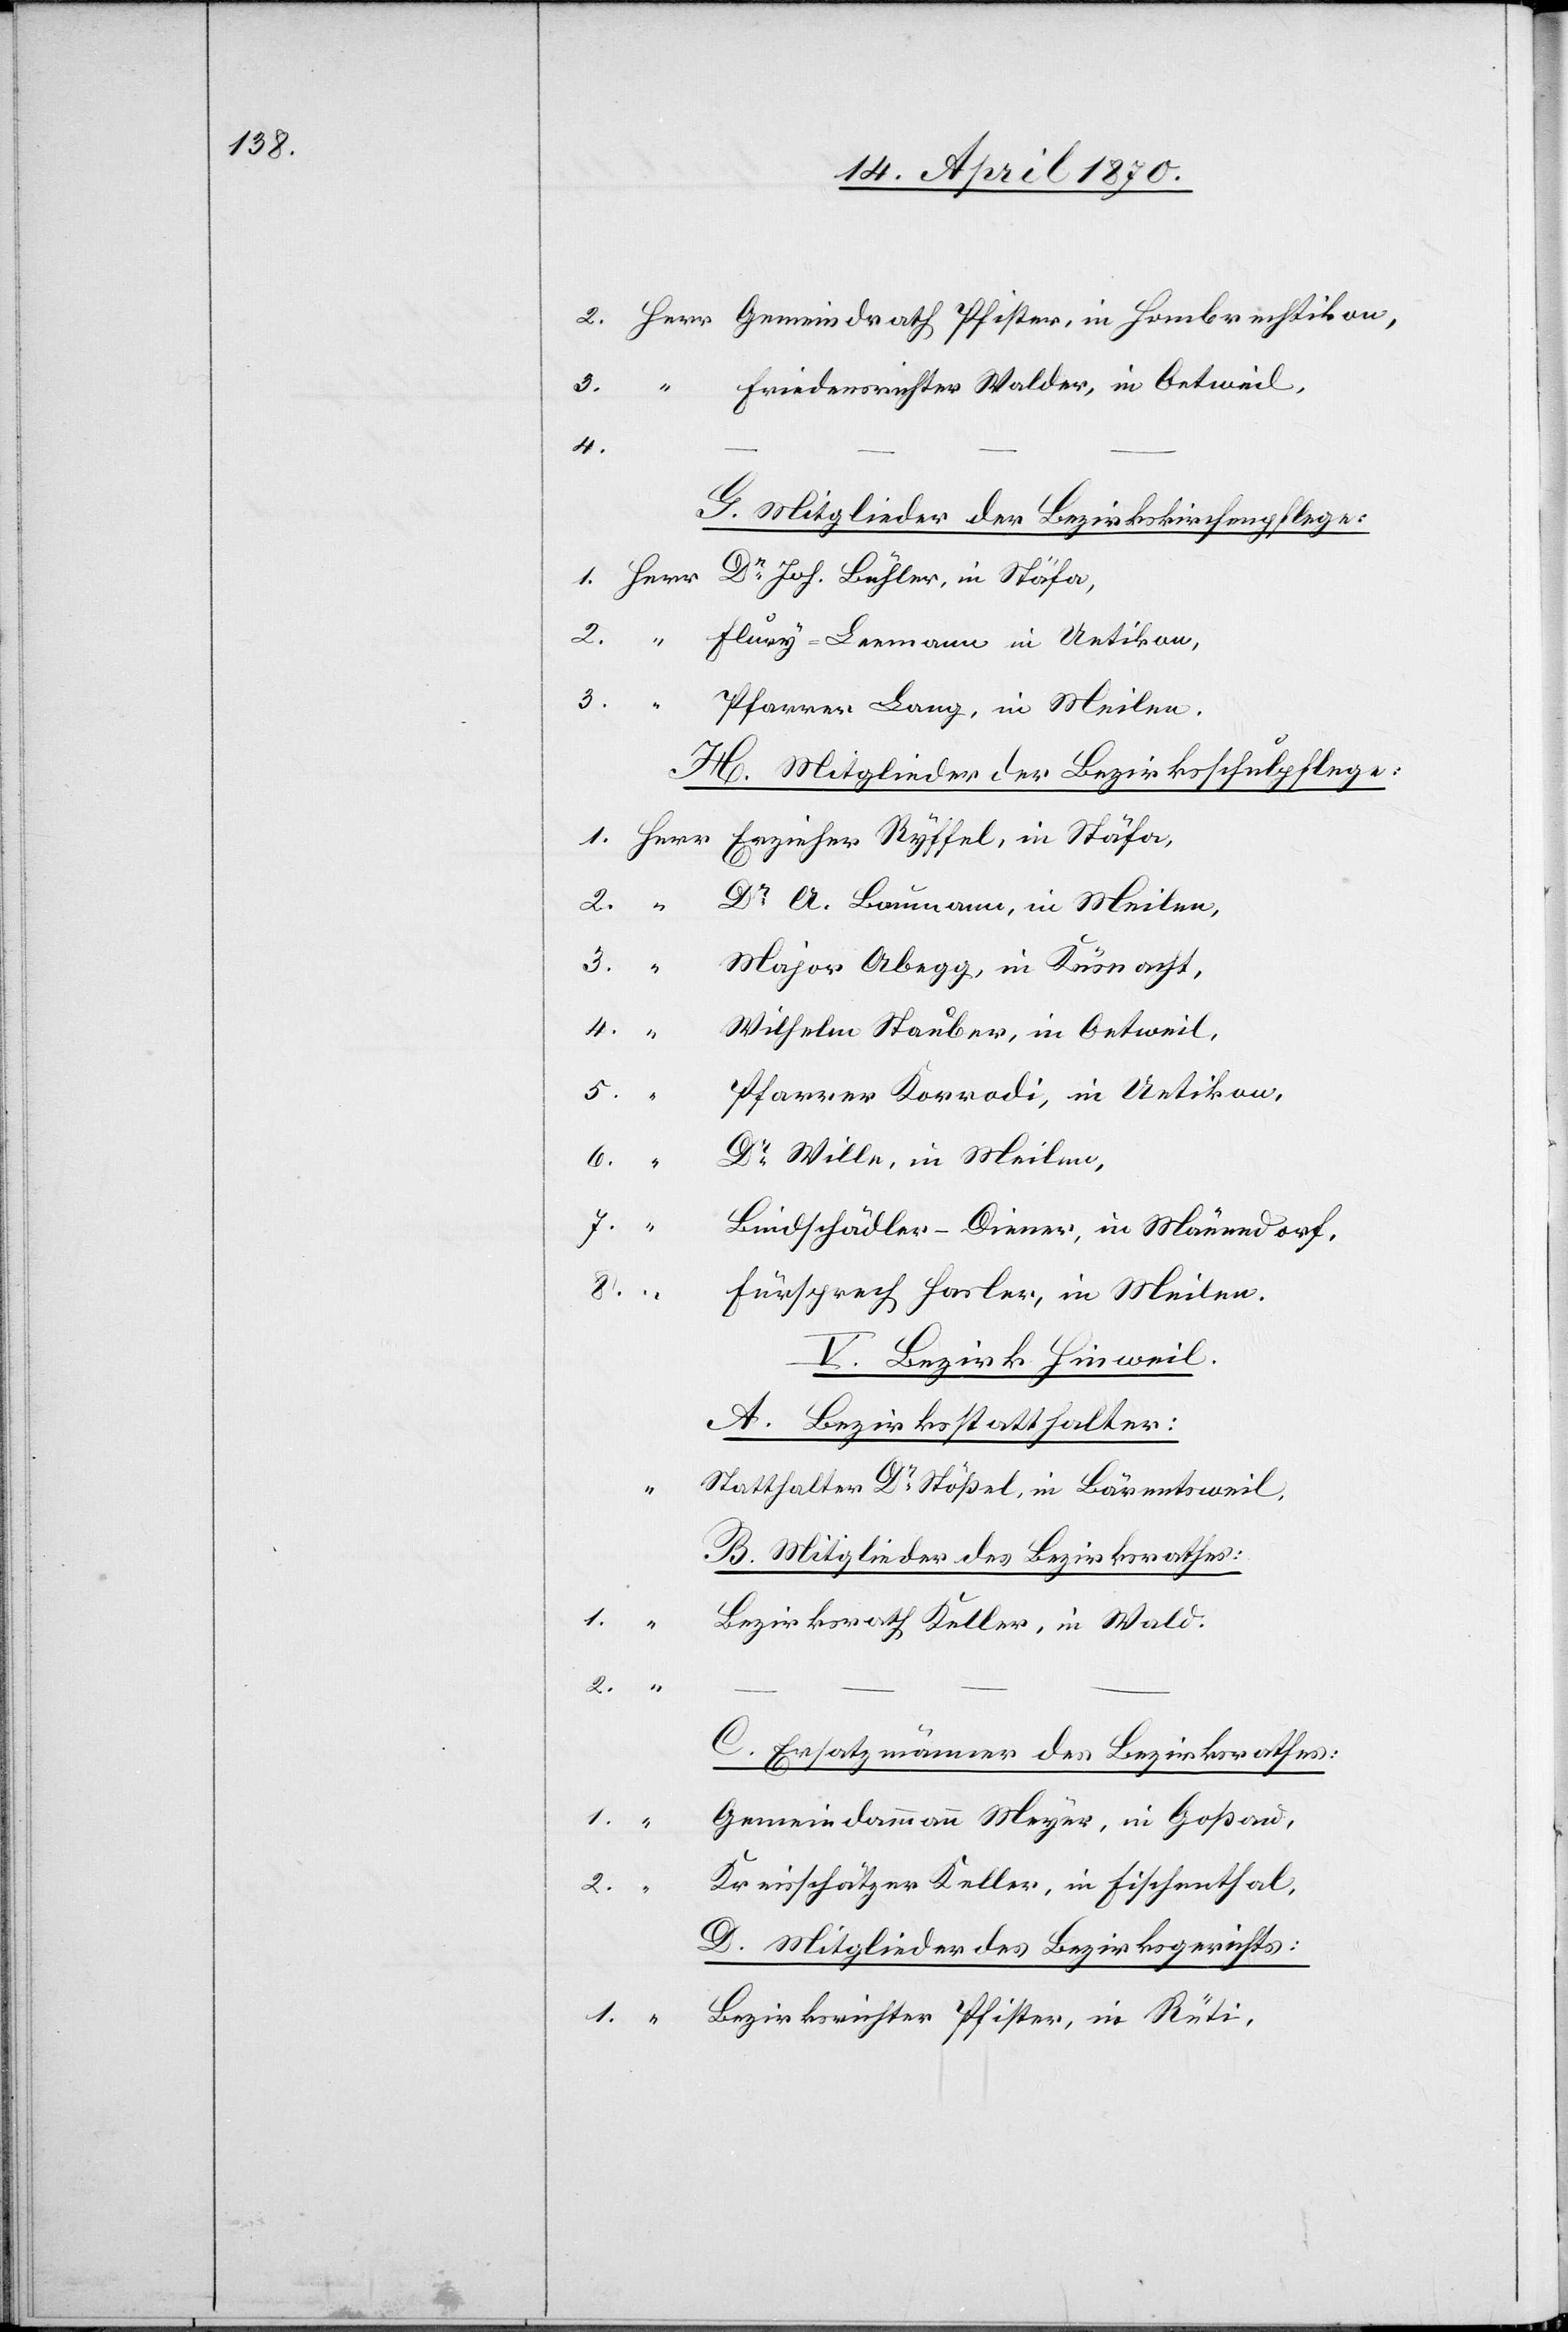
3.
Friedensrichter Walder, in Oetweil.
4.
G. Mitglieder der Bezirkskirchenpflege:
3.
in
Pfarrer Lang, in Meilen.
H. Mitglieder der Bezirksschulpflege:
Dr A. Baumann, in Meilen,
3.
Major Abegg, in Küsnacht,
Wilhelm Stauber, in Oetweil,
5.
Pfarrer Korrodi, in Uetikon,
Dr Wille, in Meilen,
6.
–
7.
Bindschädler-Diener, in Männedorf,
8.
Fürsprech Hasler, in Meilen.
V. Bezirk Hinweil.
A. Bezirksstatthalter:
Statthalter Dr Stößel, in Bärentsweil.
B. Mitglieder des Bezirksrathes:
1.
“
Bezirksrath Keller, in Wald.
C. Ersatzmänner des Bezirksrathes:
Gemeindammann Meyer, in Goßau,
Kreisschätzer Keller, in Fischenthal,
2.
“
D. Mitglieder des Bezirksgerichts:
Bezirksrichter Pfister, in Rüti,